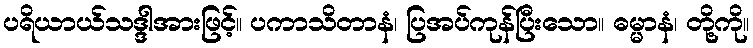
ပရိယာယ်သဒ္ဒါအားဖြင့်။ ပကာသိတာနံ၊ ပြအပ်ကုန်ပြီးသော။ ဓမ္မာနံ၊ တို့ကို။